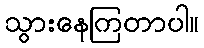
သွားနေကြတာပါ။